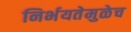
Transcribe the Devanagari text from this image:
निर्भयतेमुळेच